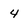
Character: 4